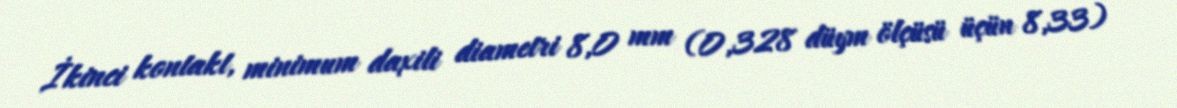
İkinci kontakt, minimum daxili diametri 8,0 mm (0,328 düym ölçüsü üçün 8,33)